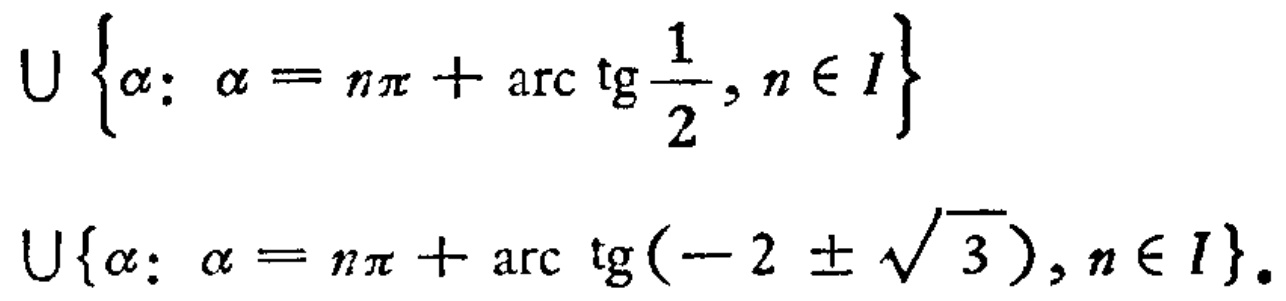
\(\cup \left\{\alpha: \alpha = n\pi + \arctan\frac{1}{2}, n\in I\right\}\)
\(\cup\left\{\alpha: \alpha = n\pi + \arctan(-2\pm\sqrt{3}), n\in I\right\}\)